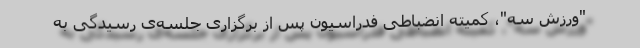
"ورزش سه"، کمیته انضباطی فدراسیون پس از برگزاری جلسه‌ی رسیدگی به